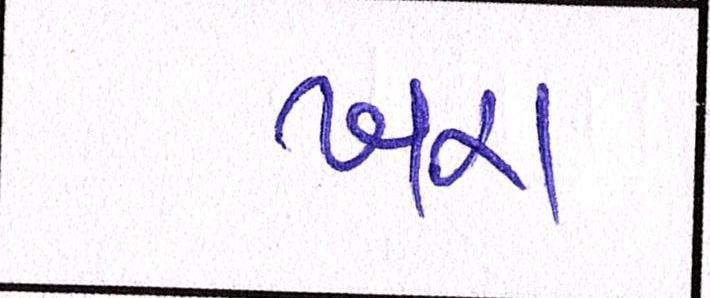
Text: ખરા